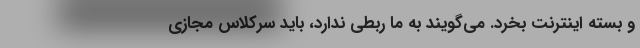
و بسته اینترنت بخرد. می‌گویند به ما ربطی ندارد، باید سرکلاس مجازی